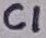
Text: C1